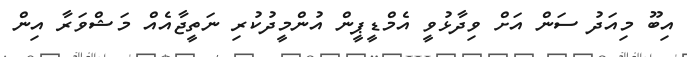
އިބޫ މިއަދު ސަން އަށް ވިދާޅުވީ އެމްޑީޕީން އުންމީދުކުރި ނަތީޖާއެއް މަޝްވަރާ އިން